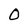
Character: O